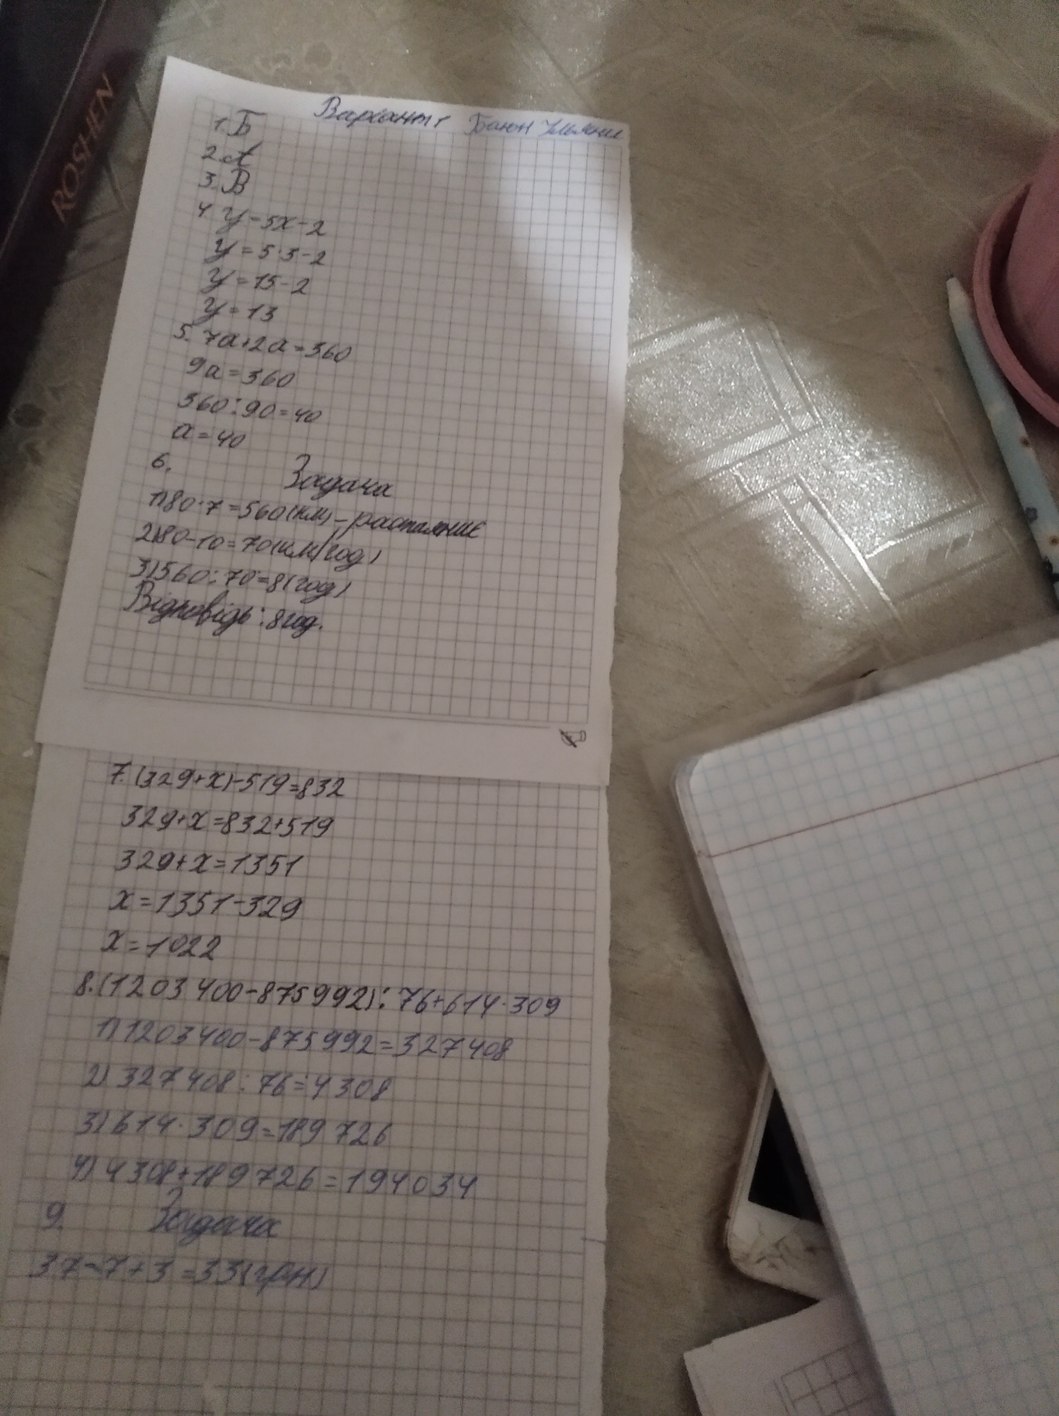
Вариант 1
1.Б
Баюн Ульяни
2.А
3.В
4. y=5x-2
y=5*3-2
y=15-2
y=13
5. 7a+2a=360
9a=360
360/90=40
a=40
6.
Задача
1) 80*7=560(км) - растаяниє
2) 80-10=70(км/год)
3) 560 :70=8 (год)
Відповідь: 8год.
7. (329 + х) -519=832
329+х=832+519
329+х=1351
х=1351-329
х=1022
8. (1203400-875992): 76+614*309
1) 1203400-875992=327408
2) 327408 : 76 = 4308
3)614*309= 189726
4) 4308+189726=194034
9. Задача
37-7+3=33(грн)